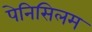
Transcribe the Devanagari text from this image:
पेनिसिलम